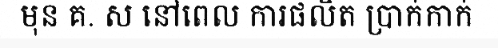
មុន គ. ស នៅពេល ការផលិត ប្រាក់កាក់